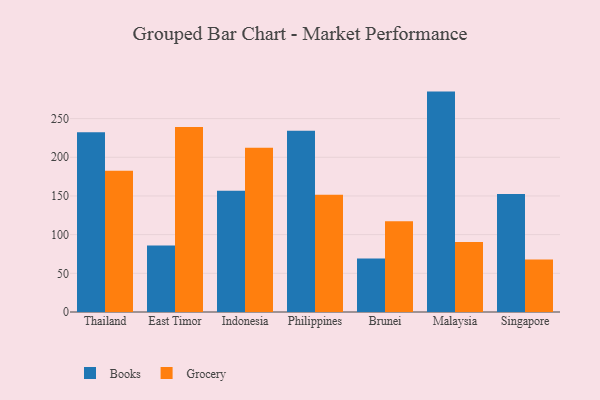
{"axis": {"x": "Country", "y": "Gross Profit (USD K)"}, "legend": ["Books", "Grocery"], "data": [{"x": "Thailand", "y": 232.5, "type": "Books"}, {"x": "Thailand", "y": 182.5, "type": "Grocery"}, {"x": "East Timor", "y": 86.0, "type": "Books"}, {"x": "East Timor", "y": 239.1, "type": "Grocery"}, {"x": "Indonesia", "y": 156.8, "type": "Books"}, {"x": "Indonesia", "y": 212.4, "type": "Grocery"}, {"x": "Philippines", "y": 234.2, "type": "Books"}, {"x": "Philippines", "y": 151.6, "type": "Grocery"}, {"x": "Brunei", "y": 69.2, "type": "Books"}, {"x": "Brunei", "y": 117.4, "type": "Grocery"}, {"x": "Malaysia", "y": 284.9, "type": "Books"}, {"x": "Malaysia", "y": 90.4, "type": "Grocery"}, {"x": "Singapore", "y": 152.5, "type": "Books"}, {"x": "Singapore", "y": 67.9, "type": "Grocery"}]}